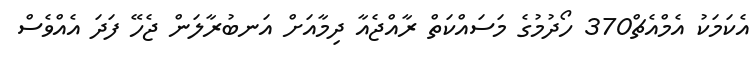
އެކަމަކު އެމްއެޗް370 ހޯދުމުގެ މަސައްކަތް ރާއްޖެއާ ދިމާއަށް އަނބުރާލަން ޖެހޭ ފަދަ އެއްވެސް